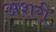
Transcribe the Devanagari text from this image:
अशरी